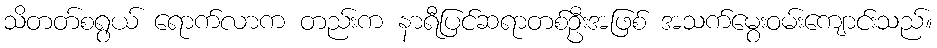
သိတတ်စရွယ် ရောက်လာက တည်းက နာရီပြင်ဆရာတစ်ဦးအဖြစ် အသက်မွေးဝမ်းကျောင်းသည်။